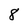
Character: 8